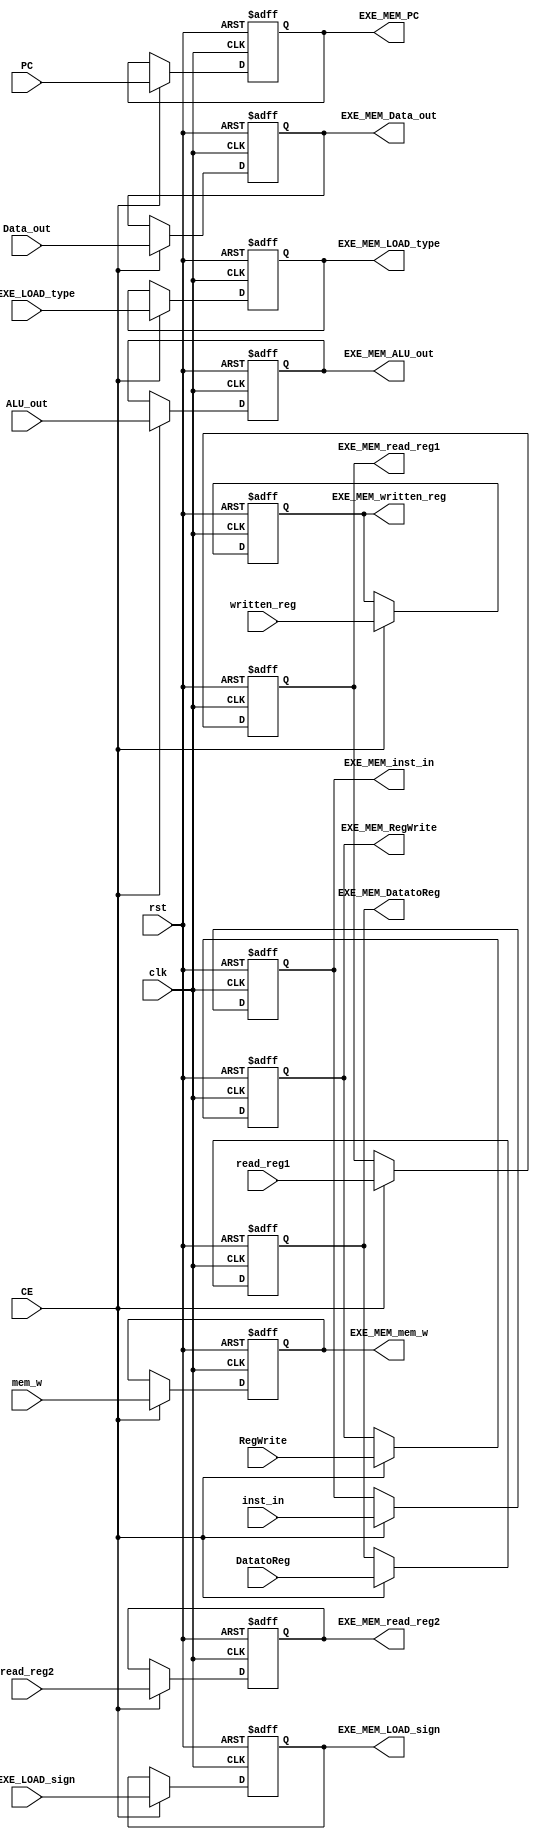
`timescale 1ps / 1ps
//////////////////////////////////////////////////////////////////////////////////
// Company: 
// Engineer: 
// 
// Design Name: 
// Module Name: REG_EXE_MEM
// Project Name: 
// Target Devices: 
// Tool Versions: 
// Description: 
// 
// Dependencies: 
// 
// Revision:
// Revision 0.01 - File Created
// Additional Comments:
// 
//////////////////////////////////////////////////////////////////////////////////


module REG_EXE_MEM(
        input clk,
        input rst,
        input CE,
        // Input
        input [31:0] inst_in,
        input [31:0] PC,
        input [31:0] ALU_out,
        input [31:0] Data_out,
        input mem_w,
        input [1:0] DatatoReg,
        input RegWrite,
		
		input [1:0] ID_EXE_LOAD_type,
		input ID_EXE_LOAD_sign,
		
        input [4:0] written_reg,
        input [4:0] read_reg1,
        input [4:0] read_reg2,
        
        // Output
        output reg [31:0] EXE_MEM_inst_in,
        output reg [31:0] EXE_MEM_PC = 0,
        output reg [31:0] EXE_MEM_ALU_out,
        output reg [31:0] EXE_MEM_Data_out,
        output reg EXE_MEM_mem_w,
        output reg [1:0] EXE_MEM_DatatoReg,
        output reg EXE_MEM_RegWrite,
		
		output reg [1:0] EXE_MEM_LOAD_type,
		output reg EXE_MEM_LOAD_sign,
		
        output reg [4:0] EXE_MEM_written_reg,
        output reg [4:0] EXE_MEM_read_reg1,
        output reg [4:0] EXE_MEM_read_reg2
    );
    always @ (posedge clk or posedge rst) begin
        if (rst == 1) begin
            EXE_MEM_inst_in     <= 32'h00000013;
            EXE_MEM_PC          <= 32'h00000000;
            EXE_MEM_ALU_out     <= 32'h00000000;
            EXE_MEM_Data_out    <= 32'h00000000;
            EXE_MEM_mem_w       <= 1'b0;
            EXE_MEM_DatatoReg   <= 2'b00;
            EXE_MEM_RegWrite    <= 1'b0;
			
			EXE_MEM_LOAD_type	<= 2'b00;
			EXE_MEM_LOAD_sign	<= 1'b1;
			
            EXE_MEM_written_reg <= 5'b00000;
            EXE_MEM_read_reg1   <= 5'b00000;
            EXE_MEM_read_reg2   <= 5'b00000;
        end
        else if (CE) begin
            EXE_MEM_inst_in     <= inst_in;
            EXE_MEM_PC          <= PC;
            EXE_MEM_ALU_out     <= ALU_out;
            EXE_MEM_Data_out    <= Data_out;
            EXE_MEM_mem_w       <= mem_w;
            EXE_MEM_DatatoReg   <= DatatoReg;
            EXE_MEM_RegWrite    <= RegWrite;
			
			EXE_MEM_LOAD_type	<= ID_EXE_LOAD_type;
			EXE_MEM_LOAD_sign	<= ID_EXE_LOAD_sign;
			
            EXE_MEM_written_reg <= written_reg;
            EXE_MEM_read_reg1   <= read_reg1;
            EXE_MEM_read_reg2   <= read_reg2;
        end
    end
endmodule